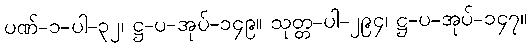
ပဏ်-၁-ပါ-၃၂၊ ဋ္ဌ-ပ-အုပ်-၁၄၉။ သုတ္တ-ပါ-၂၉၄၊ ဋ္ဌ-ပ-အုပ်-၁၄၇။